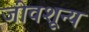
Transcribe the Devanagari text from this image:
जीवशून्य